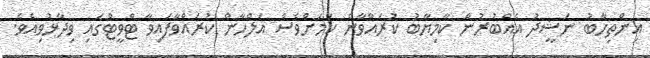
އިންތިހާބު ނަޝީދު އެއްބުރުން ކާމިޔާބު ކުރައްވާނެ ކަމަށްވެސް އަލްހާން ކުރައްވާފައިވާ ޓްވީޓްގައި ވިދާޅުވިއެވެ.